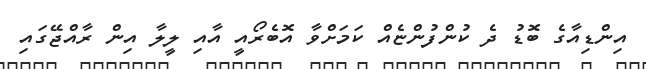
އިންޑިއާގެ ބޮޑު ދެ ކުންފުންޏެއް ކަމަށްވާ އޮބެރޯއީ އާއި ލީލާ އިން ރާއްޖޭގައި